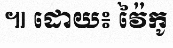
៕ ដោយ៖ វ៉ៃកូ